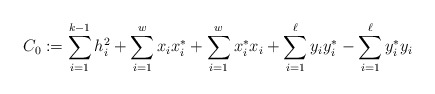
\begin{align*} C_0:=\sum_{i=1}^{k-1}h_i^2+\sum_{i=1}^{w}x_ix^*_i+\sum_{i=1}^{w}x^*_ix_i+\sum_{i=1}^{\ell}y_iy^*_i-\sum_{i=1}^{\ell}y^*_iy_i\end{align*}